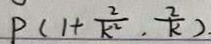
P ( 1 + \frac { 2 } { k ^ { 2 } } , \frac { 2 } { k } ) \cdot